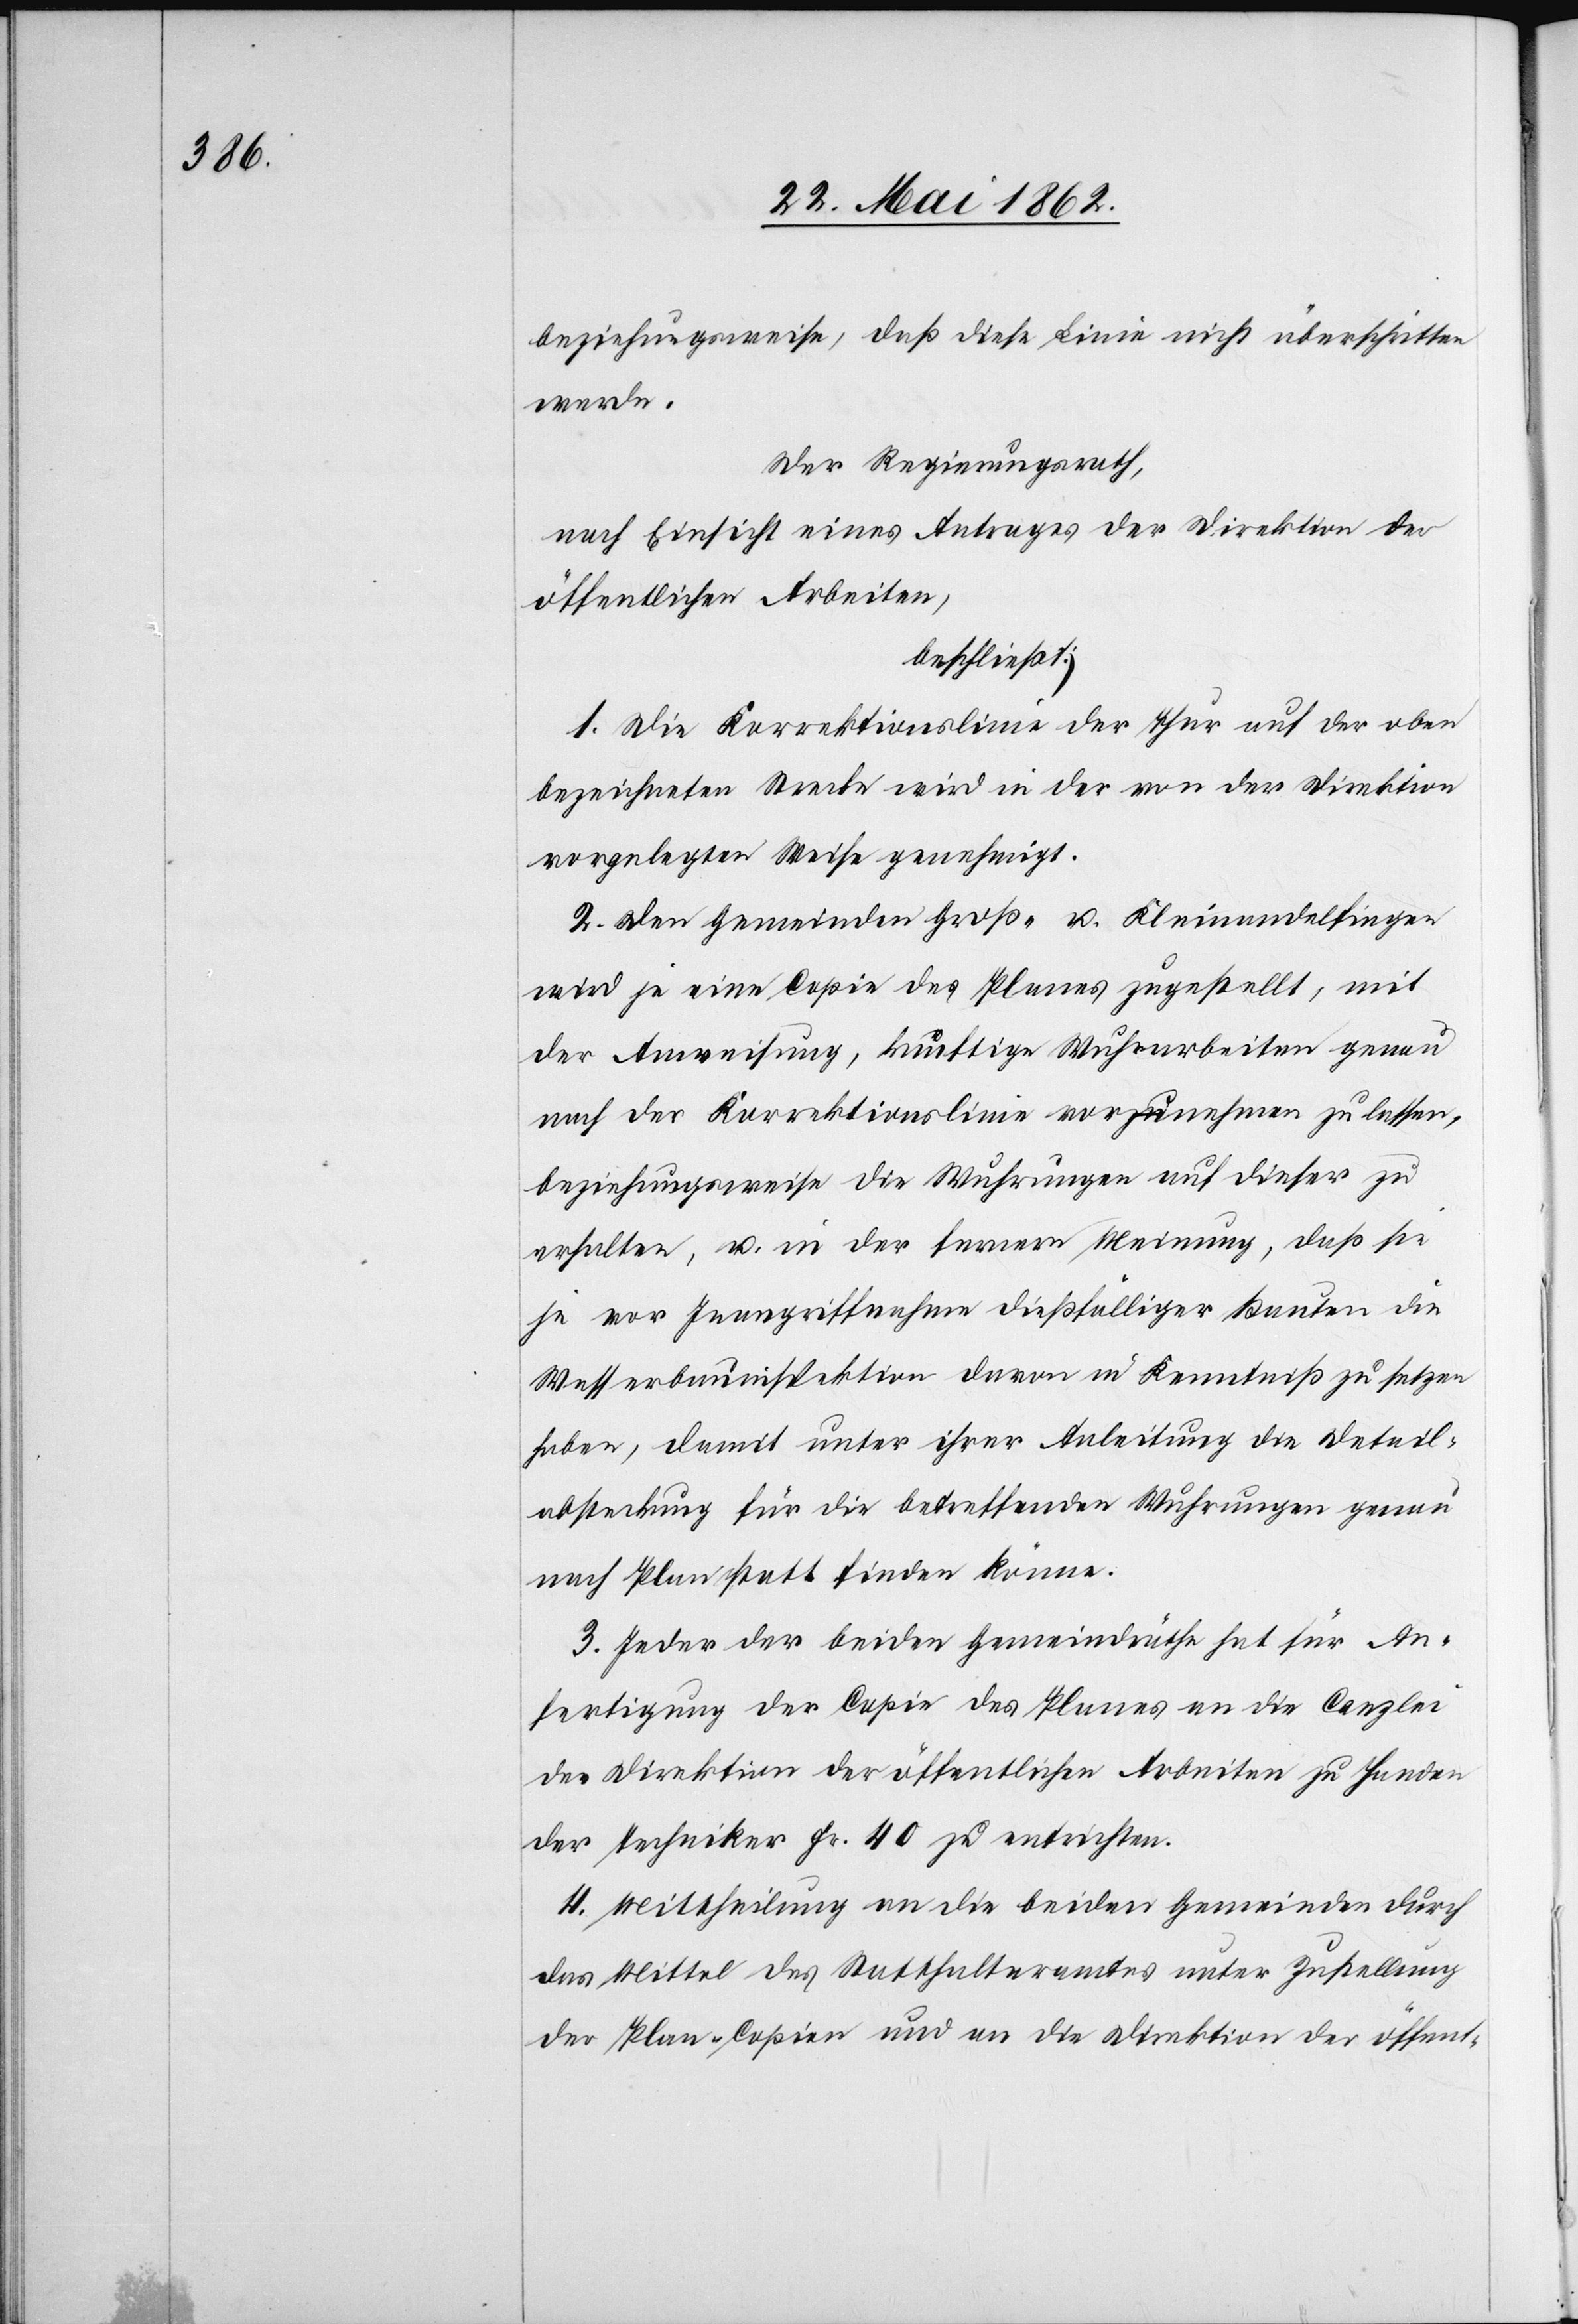
beziehungsweise, daß diese Linie nicht überschritten
werde.
Der Regierungsrath,
nach Einsicht eines Antrages der Direktion der
öffentlichen Arbeiten,
beschließt:
1. Die Korrektionslinie der Thur auf der oben
bezeichneten Strecke wird in der von der Direktion
vorgelegten Weise genehmigt.
2. Den Gemeinden Groß- u. Kleinandelfingen
wird je eine Copie des Planes zugestellt, mit
der Anweisung, künftige Wuhrarbeiten genau
nach der Korrektionslinie vorzunehmen zu lassen,
beziehungsweise die Wuhrungen auf dieser zu
erhalten, u. in der fernern Meinung, daß sie
je vor Inangriffnahme dießfälliger Bauten die
Wasserbauinspektion davon in Kenntniß zu setzen
haben, damit unter ihrer Anleitung die Detail¬
absteckung für die betreffenden Wuhrungen genau
nach Plan statt finden könne.
3. Jeder der beiden Gemeindräthe hat für An¬
fertigung der Copie des Planes an die Canzlei
der Direktion der öffentlichen Arbeiten zu Handen
der Techniker Fr. 40 zu entrichten.
4. Mittheilung an die beiden Gemeinden durch
das Mittel des Statthalteramtes unter Zustellung
der Plan-Copien und an die Direktion der öffent-